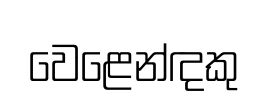
වෙළෙන්ඳකු